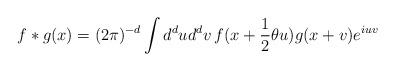
LaTeX: \begin{align*}f\ast g(x) = (2\pi)^{-d}\int d^{d}u d^{d}v\, f(x + \frac{1}{2}\theta u)g(x + v)e^{iuv}\end{align*}